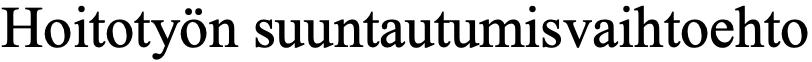
Hoitotyön suuntautumisvaihtoehto